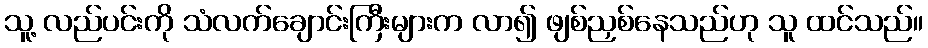
သူ့ လည်ပင်းကို သံလက်ချောင်းကြီးများက လာ၍ ဖျစ်ညှစ်နေသည်ဟု သူ ထင်သည်။